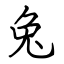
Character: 兔